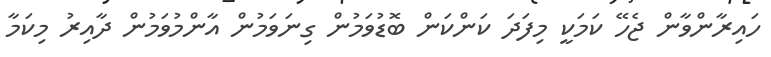
ހައިރާންވާން ޖެހޭ ކަމަކީ މިފަދަ ކަންކަން ބޮޑުވަމުން ގިނަވަމުން އާންމުވަމުން ދާއިރު މިކަމާ